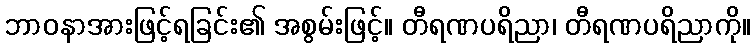
ဘာဝနာအားဖြင့်ရခြင်း၏ အစွမ်းဖြင့်။ တီရဏပရိညာ၊ တီရဏပရိညာကို။